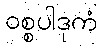
ဝစ္စပါဒုကံ